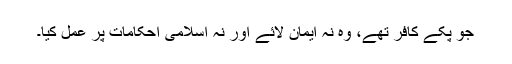
جو پکے کافر تھے، وہ نہ ایمان لائے اور نہ اسلامی احکامات پر عمل کیا۔